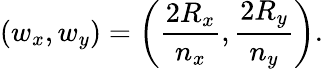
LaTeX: (w_{x},w_{y})=\left(\frac{2R_{x}}{n_{x}},\frac{2R_{y}}{n_{y}}\right).